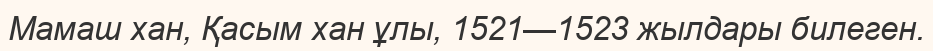
Мамаш хан, Қасым хан ұлы, 1521—1523 жылдары билеген.